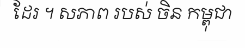
ដែរ ។ សភាព របស់ ចិន កម្ពុជា